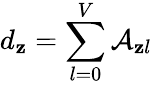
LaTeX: d_{\mathbf{z}}=\sum_{l=0}^{V}\mathcal{{A}}_{\mathbf{z}l}